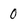
Character: 0